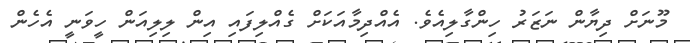
މޫނަށް ދިޔާން ނަޒަރު ހިންގާލިއެވެ. އެއްދިމާއަކަށް ގެއްލިފައި އިން ލިލިއަން ހީވަނީ އެހެން